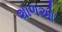
શાળઓ